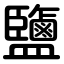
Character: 鹽